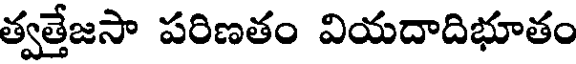
త్వత్తేజసా పరిణతం వియదాదిభూతం